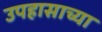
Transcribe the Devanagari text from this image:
उपहासाच्या